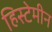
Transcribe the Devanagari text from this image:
हिस्टेमीन